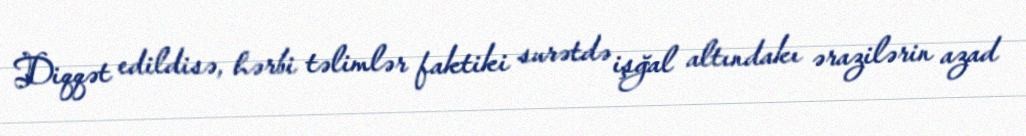
Diqqət edildisə, hərbi təlimlər faktiki surətdə işğal altındakı ərazilərin azad